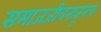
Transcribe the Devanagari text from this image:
समाजजीवनातूनच